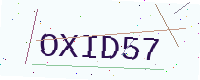
Text: OXID57